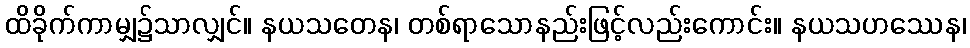
ထိခိုက်ကာမျှ၌သာလျှင်။ နယသတေန၊ တစ်ရာသောနည်းဖြင့်လည်းကောင်း။ နယသဟဿေန၊